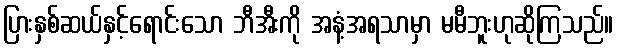
ပြားနှစ်ဆယ်နှင့်ရောင်းသော ဘီအီးကို အနံ့အရသာမှာ မမီဘူးဟုဆိုကြသည်။